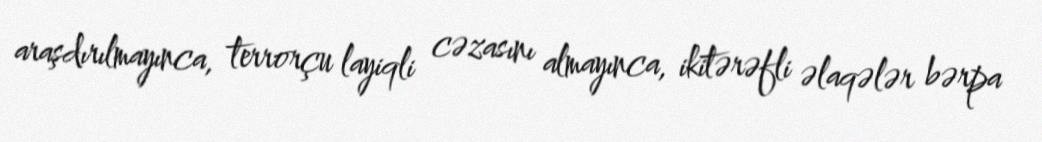
araşdırılmayınca, terrorçu layiqli cəzasını almayınca, ikitərəfli əlaqələr bərpa